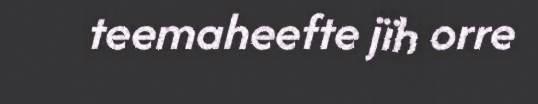
teemaheefte jïh orre